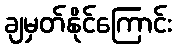
ချမှတ်နိုင်ကြောင်း